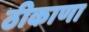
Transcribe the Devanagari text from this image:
ठीकाणा